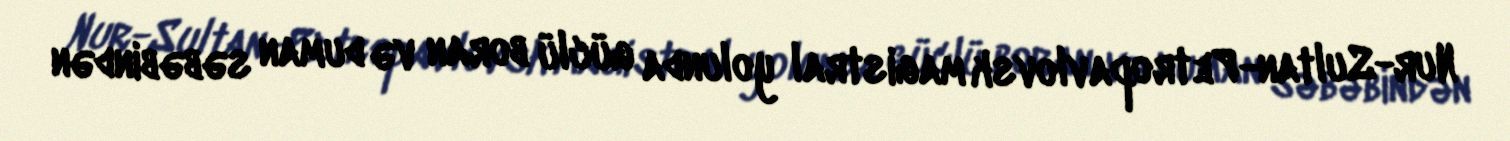
Nur-Sultan-Petropavlovsk magistral yolunda güclü boran və duman səbəbindən